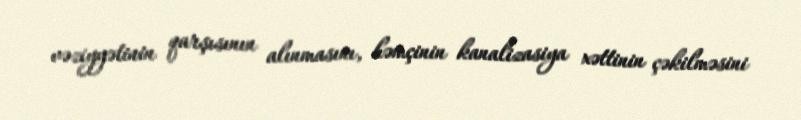
vəziyyətinin qarşısının alınmasını, həmçinin kanalizasiya xəttinin çəkilməsini